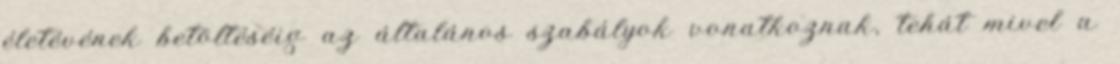
életévének betöltéséig az általános szabályok vonatkoznak, tehát mivel a